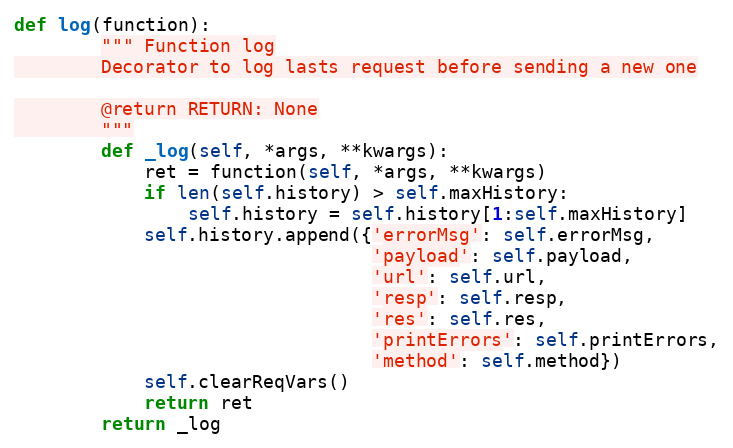
Language: Python
def log(function):
        """ Function log
        Decorator to log lasts request before sending a new one

        @return RETURN: None
        """
        def _log(self, *args, **kwargs):
            ret = function(self, *args, **kwargs)
            if len(self.history) > self.maxHistory:
                self.history = self.history[1:self.maxHistory]
            self.history.append({'errorMsg': self.errorMsg,
                                 'payload': self.payload,
                                 'url': self.url,
                                 'resp': self.resp,
                                 'res': self.res,
                                 'printErrors': self.printErrors,
                                 'method': self.method})
            self.clearReqVars()
            return ret
        return _log